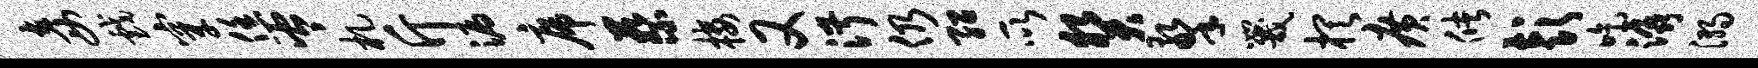
妾戏穿恁岑札斤漏席蔡楼又淑仍绍所癸擎咒棋广储彭吃潺溺